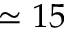
\simeq 1 5